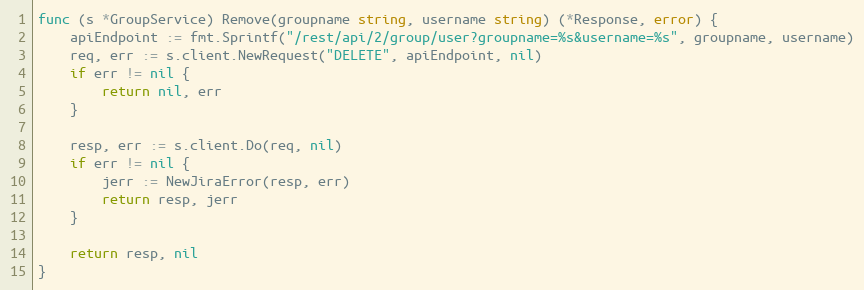
Language: Go
func (s *GroupService) Remove(groupname string, username string) (*Response, error) {
	apiEndpoint := fmt.Sprintf("/rest/api/2/group/user?groupname=%s&username=%s", groupname, username)
	req, err := s.client.NewRequest("DELETE", apiEndpoint, nil)
	if err != nil {
		return nil, err
	}

	resp, err := s.client.Do(req, nil)
	if err != nil {
		jerr := NewJiraError(resp, err)
		return resp, jerr
	}

	return resp, nil
}